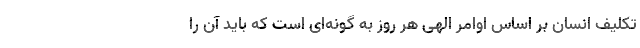
تکلیف انسان بر اساس اوامر الهی هر روز به گونه‌ای است که باید آن را